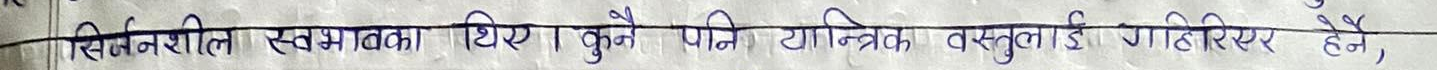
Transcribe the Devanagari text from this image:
सिर्जनशील स्वभावका थिए कुने पनि यान्त्रिक वस्तुलाई गहिराएर हेर्नै,